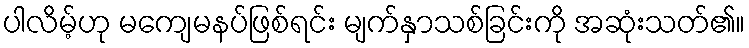
ပါလိမ့်ဟု မကျေမနပ်ဖြစ်ရင်း မျက်နှာသစ်ခြင်းကို အဆုံးသတ်၏။